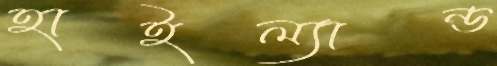
হাইল্যান্ড